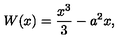
W ( x ) = \frac { x ^ { 3 } } { 3 } - a ^ { 2 } x ,